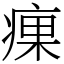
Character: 㾧